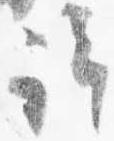
許